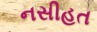
નસીહત